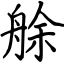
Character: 艅